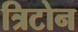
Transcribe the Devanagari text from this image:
त्रिटोन